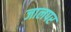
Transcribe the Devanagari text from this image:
जालपर